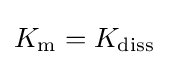
K_{\mathrm {m} }=K_{\mathrm {diss} }